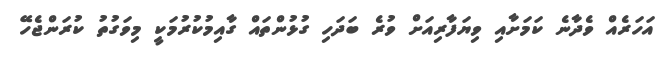
އަހަރެއް ވެދާނެ ކަމަށާއި ވިޔަފާރިއަށް ވުރެ ބަދަހި ގުޅުންތައް ގާއިމުކުރުމަކީ މިވަގުތު ކުރަންޖެހޭ